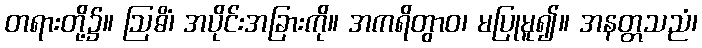
တရားတို့၌။ ဩဓိံ၊ အပိုင်းအခြားကို။ အကရိတွာဝ၊ မပြုမူ၍။ အနတ္တသညံ၊